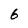
Character: 6